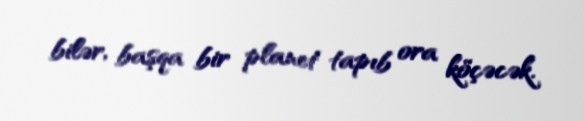
bilər, başqa bir planet tapıb ora köçəcək.